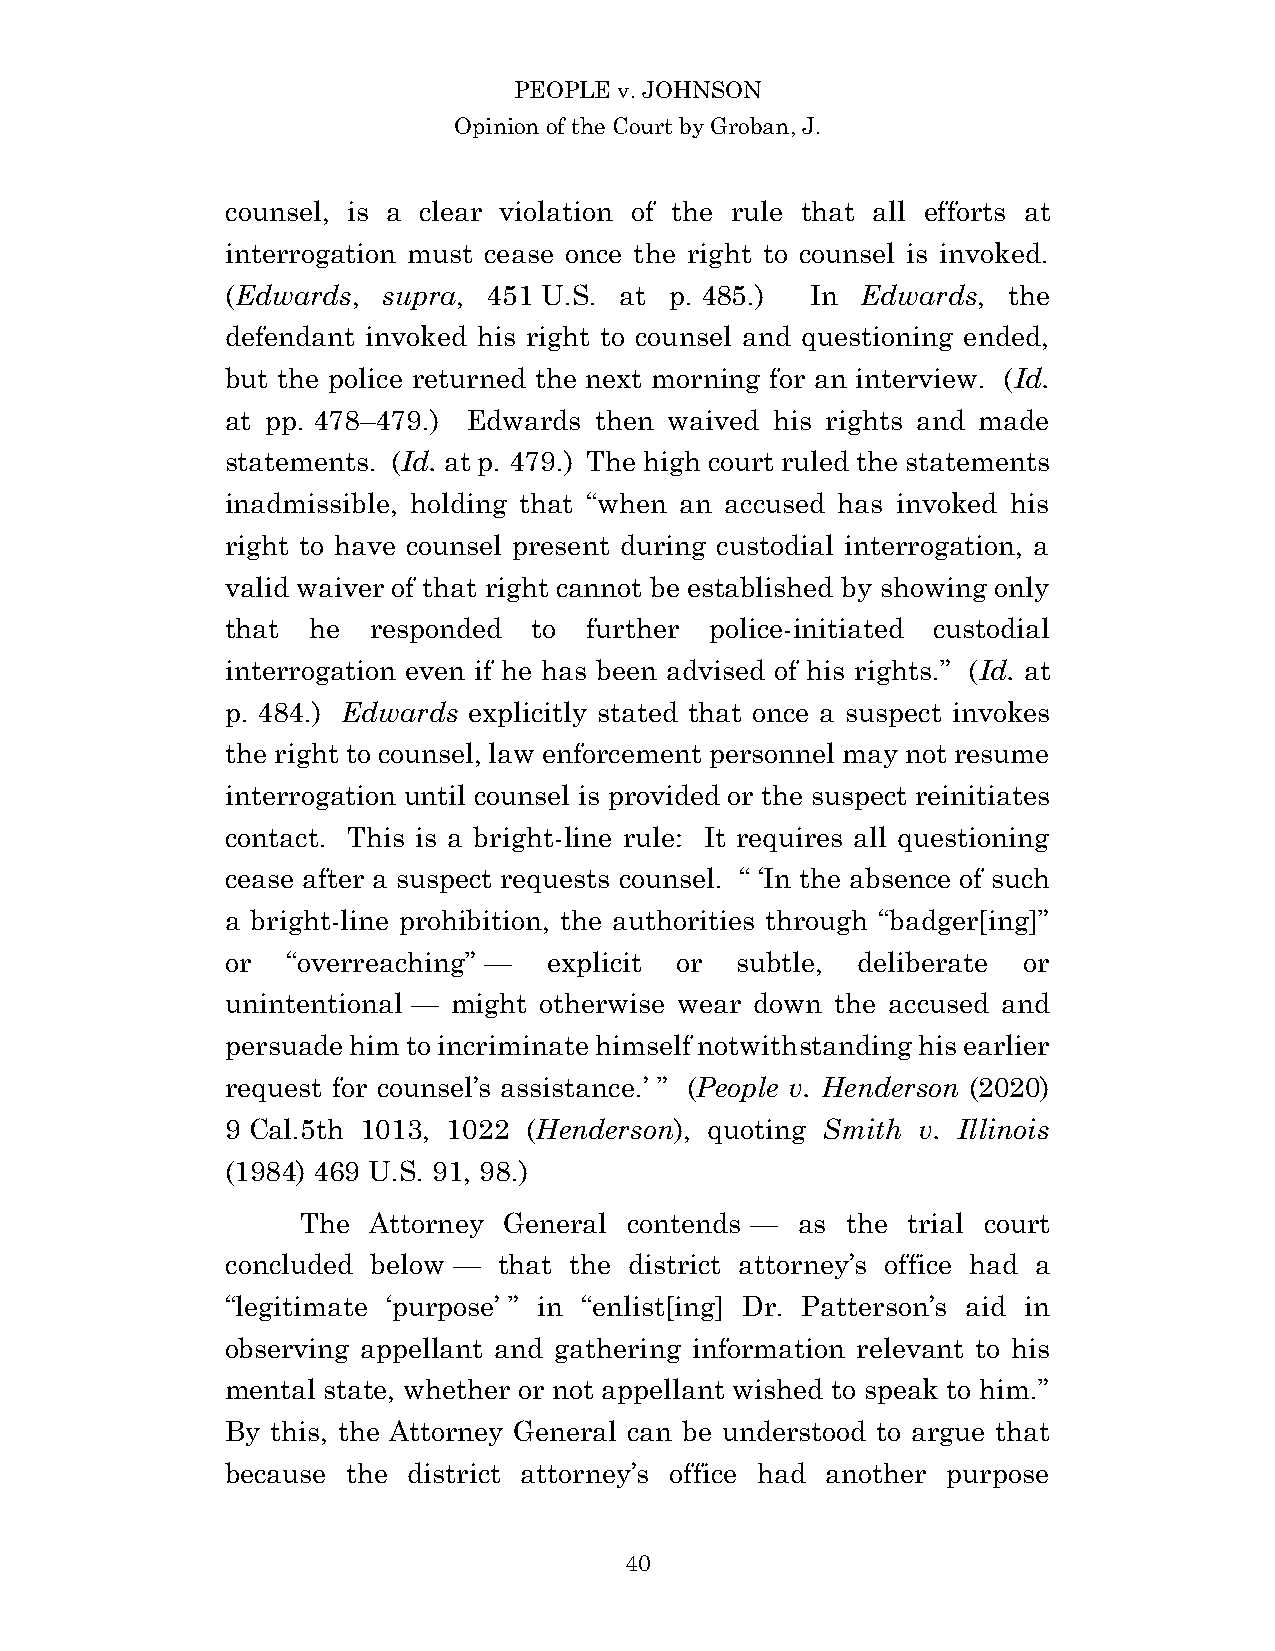
PEOPLE v. JOHNSON
 Opinion of the Court by Groban, J.
 counsel, is a clear violation of the rule that all efforts at
 interrogation must cease once the right to counsel is invoked.
 (Edwards, supra, 451 U.S. at p. 485.)  In Edwards,  the
 defendant invoked his right to counsel and questioning ended,
 but the police returned the next morning for an interview. (Id.
 at pp. 478–479.) Edwards then waived his rights and made
 statements. (Id. at p. 479.) The high court ruled the statements
 inadmissible, holding that “when an accused has invoked his
 right to have counsel present during custodial interrogation, a
 valid waiver of that right cannot be established by showing only
 that he  responded  to  further police-initiated custodial
 interrogation even if he has been advised of his rights.” (Id. at
 p. 484.) Edwards explicitly stated that once a suspect invokes
 the right to counsel, law enforcement personnel may not resume
 interrogation until counsel is provided or the suspect reinitiates
 contact. This is a bright-line rule: It requires all questioning
 cease after a suspect requests counsel. “ ‘In the absence of such
 a bright-line prohibition, the authorities through “badger[ing]”
 or  “overreaching” — explicit or  subtle, deliberate or
 unintentional — might otherwise wear down the accused and
 persuade him to incriminate himself notwithstanding his earlier
 request for counsel’s assistance.’ ” (People v. Henderson (2020)
 9 Cal.5th 1013, 1022 (Henderson), quoting Smith v. Illinois
 (1984) 469 U.S. 91, 98.)
 The Attorney General  contends — as the trial court
 concluded below — that the district attorney’s office had a
 “legitimate ‘purpose’ ” in “enlist[ing] Dr. Patterson’s aid in
 observing appellant and gathering information relevant to his
 mental state, whether or not appellant wished to speak to him.”
 By this, the Attorney General can be understood to argue that
 because the district attorney’s office had another purpose
 4 0